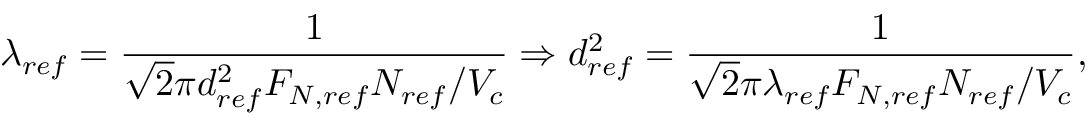
\lambda _ { r e f } = \frac { 1 } { \sqrt { 2 } \pi d _ { r e f } ^ { 2 } F _ { N , r e f } N _ { r e f } / V _ { c } } \Rightarrow d _ { r e f } ^ { 2 } = \frac { 1 } { \sqrt { 2 } \pi \lambda _ { r e f } F _ { N , r e f } N _ { r e f } / V _ { c } } ,